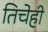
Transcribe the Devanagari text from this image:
तिचेही